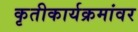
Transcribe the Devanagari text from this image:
कृतीकार्यक्रमांवर